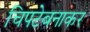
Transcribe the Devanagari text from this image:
चिपटेबनाकर